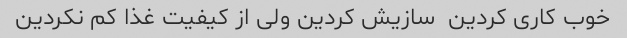
خوب کاری کردین  سازیش کردین ولی از کیفیت غذا کم نکردین